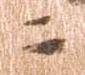
ニ